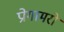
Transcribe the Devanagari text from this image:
प्रोगामरों